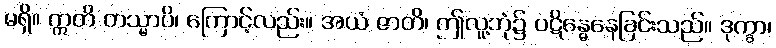
မရှိ။ ဣတိ တသ္မာပိ၊ ကြောင့်လည်း။ အယံ ဇာတိ၊ ဤလူ့ဘုံ၌ ပဋိန္ဓေနေခြင်းသည်။ ဒုက္ခာ၊